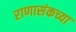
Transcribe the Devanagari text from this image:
राणासंकच्या